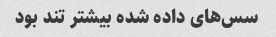
سس‌های داده شده بیشتر تند بود